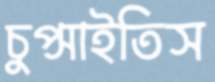
চুপ্‌সাইতিস